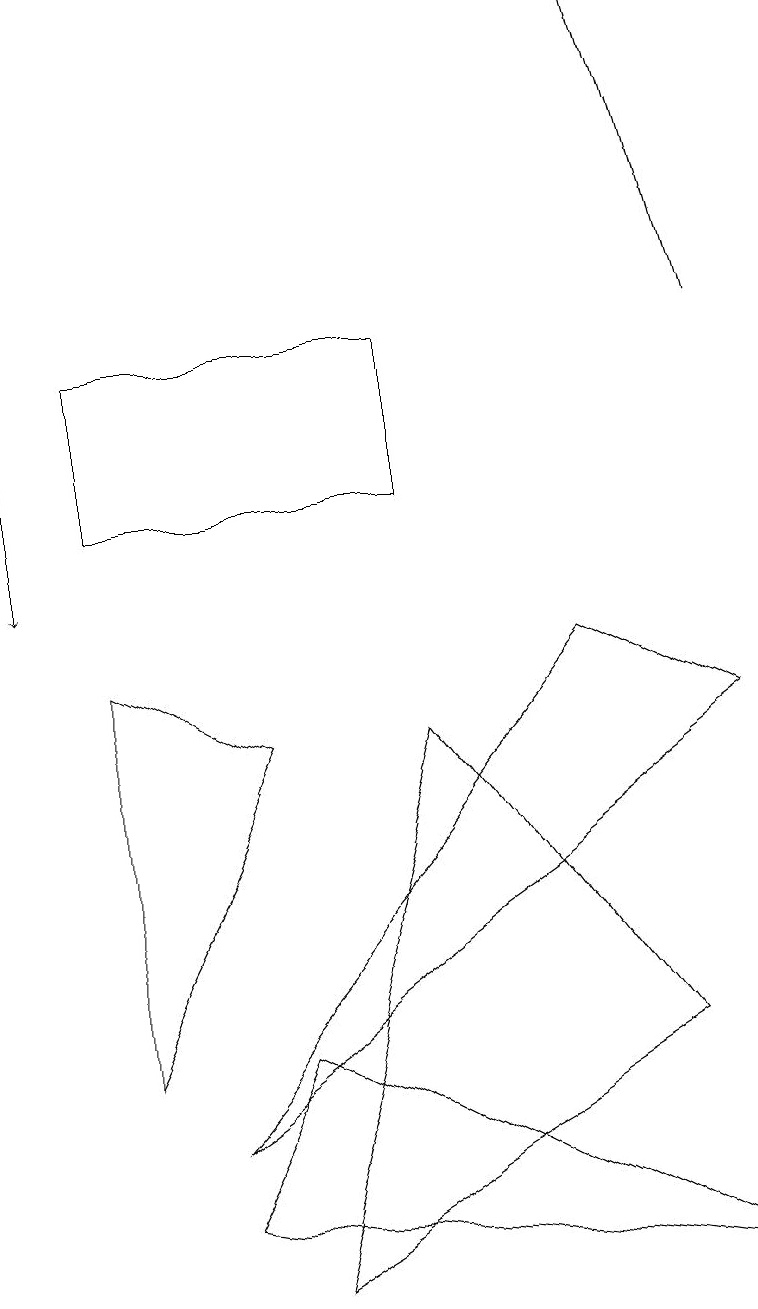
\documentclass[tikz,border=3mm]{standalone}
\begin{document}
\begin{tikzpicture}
\draw (1,13) rectangle (5,11);
\draw[->] (0,13) -- (0,10);
\draw (1,4) -- (3,8) -- (1,9) -- cycle;
\draw[->] (9,13) -- (8,17);
\draw (8,4) -- (3,1) -- (5,8) -- cycle;
\draw (9,1) -- (2,2) -- (3,4) -- cycle;
\draw (9,8) -- (7,9) -- (2,3) -- cycle;
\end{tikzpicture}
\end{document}